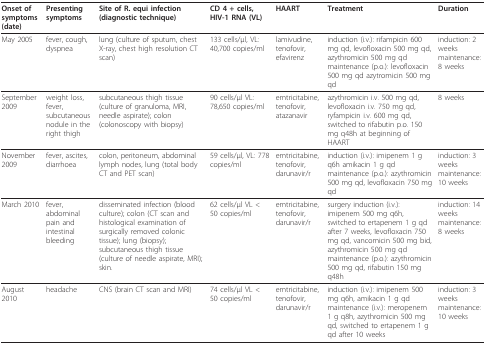
<table><thead><tr><td><b>Onset of symptoms (date)</b></td><td><b>Presenting symptoms</b></td><td><b>Site of R. equi infection (diagnostic technique)</b></td><td><b>CD 4 + cells, HIV-1 RNA (VL)</b></td><td><b>HAART</b></td><td><b>Treatment</b></td><td><b>Duration</b></td></tr></thead><tbody><tr><td>May 2005</td><td>fever, cough, dyspnea</td><td>lung (culture of sputum, chest X-ray, chest high resolution CT scan)</td><td>133 cells/μl, VL: 40,700 copies/ml</td><td>lamivudine, tenofovir, efavirenz</td><td>induction (i.v.): rifampicin 600 mg qd, levofloxacin 500 mg qd, azythromicin 500 mg qd maintenance (p.o.): levofloxacin 500 mg qd azytromicin 500 mg qd</td><td>induction: 2 weeks maintenance: 8 weeks</td></tr><tr><td>September 2009</td><td>weight loss, fever, subcutaneous nodule in the right thigh</td><td>subcutaneous thigh tissue (culture of granuloma, MRI, needle aspirate); colon (colonoscopy with biopsy)</td><td>90 cells/μl VL: 78,650 copies/ml</td><td>emtricitabine, tenofovir, atazanavir</td><td>azythromicin i.v. 500 mg qd, levofloxacin i.v. 750 mg qd, ryfampicin i.v. 600 mg qd, switched to rifabutin p.o. 150 mg q48h at beginning of HAART</td><td>8 weeks</td></tr><tr><td>November 2009</td><td>fever, ascites, diarrhoea</td><td>colon, peritoneum, abdominal lymph nodes, lung (total body CT and PET scan)</td><td>59 cells/μl, VL: 778 copies/ml</td><td>emtricitabine, tenofovir, darunavir/r</td><td>induction (i.v.): imipenem 1 g q6h amikacin 1 g qd maintenance (p.o.): azythromicin 500 mg qd, levofloxacin 750 mg qd</td><td>induction: 3 weeks maintenance: 10 weeks</td></tr><tr><td>March 2010</td><td>fever, abdominal pain and intestinal bleeding</td><td>disseminated infection (blood culture); colon (CT scan and histological examination of surgically removed colonic tissue); lung (biopsy); subcutaneous thigh tissue (culture of needle aspirate, MRI); skin.</td><td>62 cells/μl VL &lt; 50 copies/ml</td><td>emtricitabine, tenofovir, darunavir/r</td><td>surgery induction (i.v.): imipenem 500 mg q6h, switched to ertapenem 1 g qd after 7 weeks, levofloxacin 750 mg qd, vancomicin 500 mg bid, azythromicin 500 mg qd maintenance (p.o.): azythromicin 500 mg qd, rifabutin 150 mg q48h</td><td>induction: 14 weeks maintenance: 8 weeks</td></tr><tr><td>August 2010</td><td>headache</td><td>CNS (brain CT scan and MRI)</td><td>74 cells/μl VL &lt; 50 copies/ml</td><td>emtricitabine, tenofovir, darunavir/r</td><td>induction (i.v.): imipenem 500 mg q6h, amikacin 1 g qd maintenance (i.v.): meropenem 1 g q8h, azythromicin 500 mg qd, switched to ertapenem 1 g qd after 10 weeks</td><td>induction: 3 weeks maintenance: 10 weeks</td></tr></tbody></table>